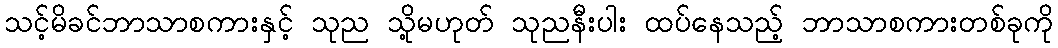
သင့်မိခင်ဘာသာစကားနှင့် သုည သို့မဟုတ် သုညနီးပါး ထပ်နေသည့် ဘာသာစကားတစ်ခုကို